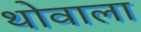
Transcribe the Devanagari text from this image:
थोवाला